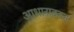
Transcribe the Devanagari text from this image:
आधारावरुन